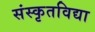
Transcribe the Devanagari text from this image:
संस्कृतविद्या